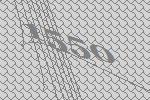
1550